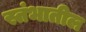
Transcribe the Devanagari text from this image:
स्तंभातील